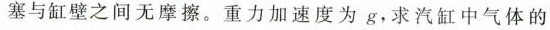
活塞与缸壁之间无摩擦。重力加速度为g，求汽缸中气体的